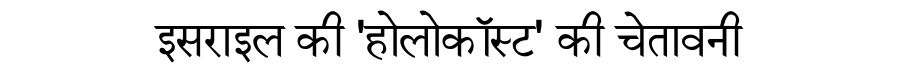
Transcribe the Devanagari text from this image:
इसराइल की 'होलोकॉस्ट' की चेतावनी